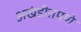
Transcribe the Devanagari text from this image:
अखंडीतपणे